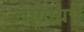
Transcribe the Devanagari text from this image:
लागायचें